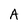
Character: A